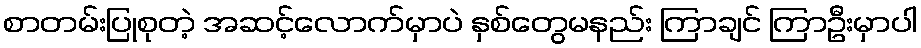
စာတမ်းပြုစုတဲ့ အဆင့်လောက်မှာပဲ နှစ်တွေမနည်း ကြာချင် ကြာဦးမှာပါ